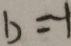
b = - 1